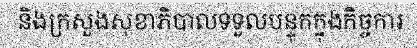
និងក្រសួងសុខាភិបាលទទួលបន្ទុកក្នុងកិច្ចការ